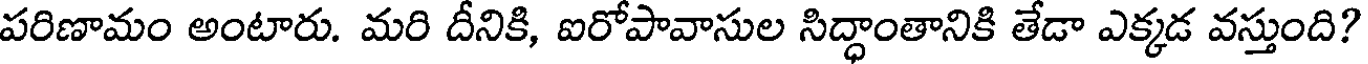
పరిణామం అంటారు. మరి దీనికి, ఐరోపావాసుల సిద్ధాంతానికి తేడా ఎక్కడ వస్తుంది?